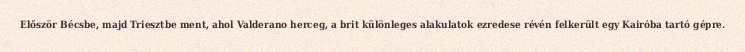
Először Bécsbe, majd Triesztbe ment, ahol Valderano herceg, a brit különleges alakulatok ezredese révén felkerült egy Kairóba tartó gépre.